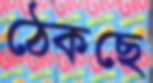
ঠেকছে